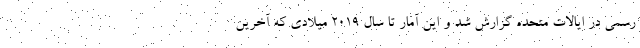
رسمی در ایالات متحده گزارش شد و این آمار تا سال ۲۰۱۹ میلادی که آخرین